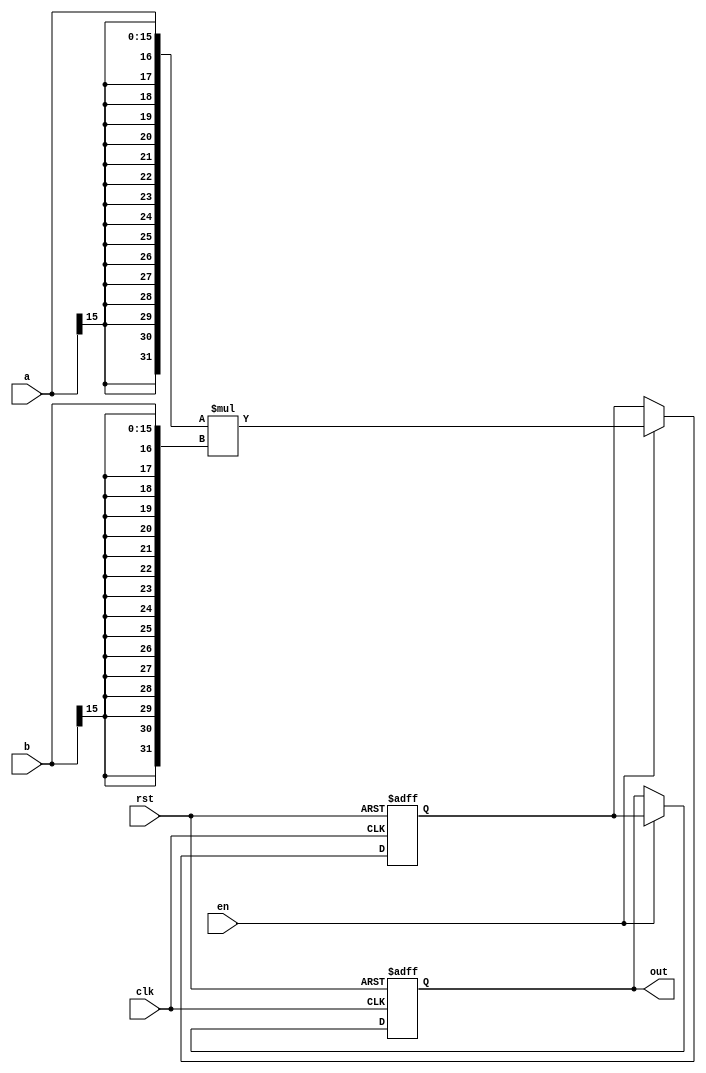
module fixedmul(input [15:0] a, b, input clk, rst, en, output reg [31:0] out);
reg [31:0] temp;
always@(posedge clk or negedge rst)
begin
if(!rst)
begin
out <= 32'b0;
temp <= 32'b0;
end
else if (en)
begin
temp <= {{16{a[15]}},a} * {{16{b[15]}}, b};
out <= temp; 
end
end
endmodule